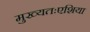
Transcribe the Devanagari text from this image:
मुख्यतःएशिया